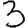
Digit: 3